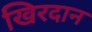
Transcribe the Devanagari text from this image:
खिरदान